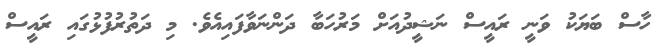
ހާސް ބަޔަކު ވަނީ ރައީސް ނަޝީދުއަށް މަރުހަބާ ދަންނަވާފައިއެވެ. މި ދަތުރުފުޅުގައި ރައީސް